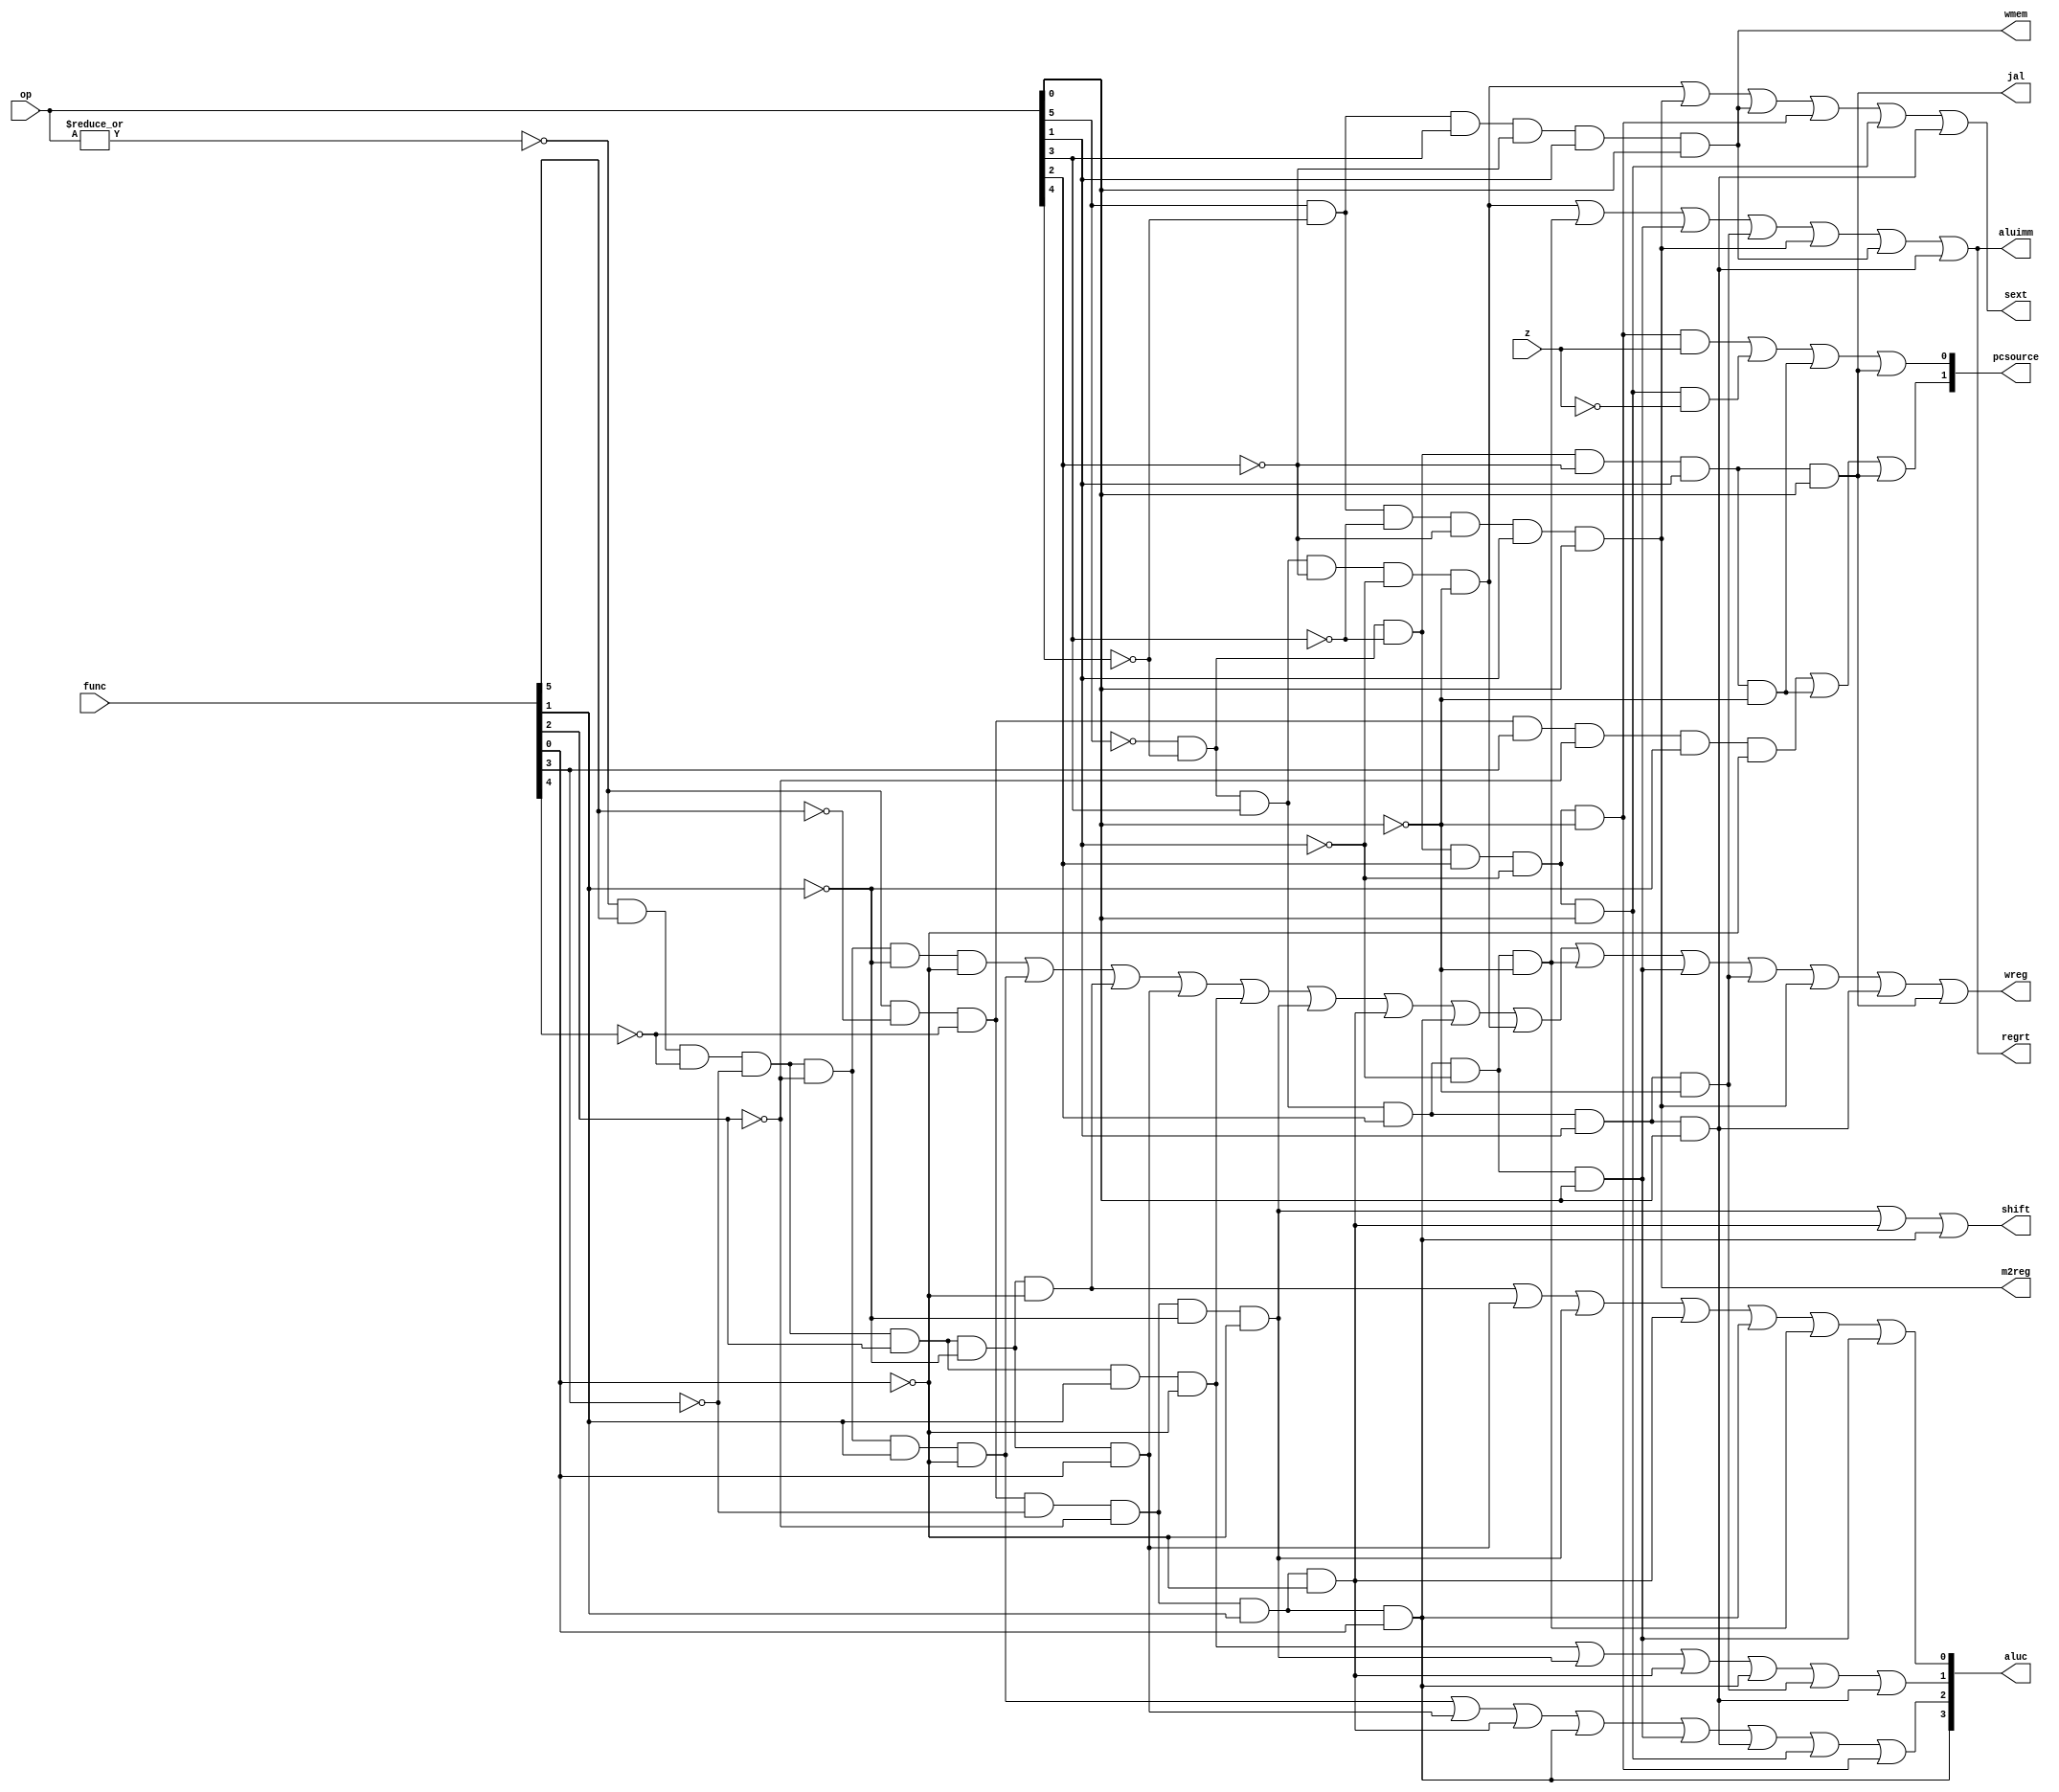
module sc_cu (op, func, z, wmem, wreg, regrt, m2reg, aluc, shift,
              aluimm, pcsource, jal, sext);
   input  [5:0] op,func;
   input        z;
   output       wreg,regrt,jal,m2reg,shift,aluimm,sext,wmem;
   output [3:0] aluc;
   output [1:0] pcsource;
   wire r_type = ~|op;
   wire i_add = r_type & func[5] & ~func[4] & ~func[3] &
                ~func[2] & ~func[1] & ~func[0];          //100000
   wire i_sub = r_type & func[5] & ~func[4] & ~func[3] &
                ~func[2] &  func[1] & ~func[0];          //100010
      
   wire i_and = r_type & func[5] & ~func[4] & ~func[3] &
					 func[2] & ~func[1] & ~func[0];				//100100
   wire i_or  = r_type & func[5] & ~func[4] & ~func[3] &
					 func[2] & ~func[1] & func[0];				//100101
   wire i_xor = r_type & func[5] & ~func[4] & ~func[3] &
					 func[2] & func[1] & ~func[0];				//100110
   wire i_sll = r_type & ~func[5] & ~func[4] & ~func[3] &
                ~func[2] & ~func[1] & ~func[0];          //000000
   wire i_srl = r_type & ~func[5] & ~func[4] & ~func[3] &
                ~func[2] & func[1] & ~func[0];           //000010
   wire i_sra = r_type & ~func[5] & ~func[4] & ~func[3] &
                ~func[2] & func[1] & func[0];          //000011
   wire i_jr  = r_type & ~func[5] & ~func[4] & func[3] &
                ~func[2] & ~func[1] & ~func[0];          //001000
                
   wire i_addi = ~op[5] & ~op[4] &  op[3] & ~op[2] & ~op[1] & ~op[0]; //001000
   wire i_andi = ~op[5] & ~op[4] &  op[3] &  op[2] & ~op[1] & ~op[0]; //001100
   
   wire i_ori  = ~op[5] & ~op[4] &  op[3] &  op[2] & ~op[1] &  op[0]; //001101
   wire i_xori = ~op[5] & ~op[4] &  op[3] &  op[2] &  op[1] & ~op[0]; //001110
   wire i_lw   =  op[5] & ~op[4] & ~op[3] & ~op[2] &  op[1] &  op[0]; //100011
   wire i_sw   =  op[5] & ~op[4] &  op[3] & ~op[2] &  op[1] &  op[0]; //101011
   wire i_beq  = ~op[5] & ~op[4] & ~op[3] &  op[2] & ~op[1] & ~op[0]; //000100
   wire i_bne  = ~op[5] & ~op[4] & ~op[3] &  op[2] & ~op[1] &  op[0]; //000101
   wire i_lui  = ~op[5] & ~op[4] &  op[3] &  op[2] &  op[1] &  op[0]; //001111
   wire i_j    = ~op[5] & ~op[4] & ~op[3] & ~op[2] &  op[1] & ~op[0]; //000010
   wire i_jal  = ~op[5] & ~op[4] & ~op[3] & ~op[2] &  op[1] &  op[0]; //000011
   
  
   assign pcsource[1] = i_jr | i_j | i_jal;
   assign pcsource[0] = ( i_beq & z ) | (i_bne & ~z) | i_j | i_jal ;
   
   assign wreg = i_add | i_sub | i_and | i_or   | i_xor  |
                 i_sll | i_srl | i_sra | i_addi | i_andi |
                 i_ori | i_xori | i_lw | i_lui  | i_jal;
   
   assign aluc[3] = i_sra;
   assign aluc[2] = i_sub | i_or | i_srl | i_sra | i_ori | i_lui | i_bne | i_beq;
   assign aluc[1] = i_xor | i_sll | i_srl | i_sra | i_xori | i_lui;
   assign aluc[0] = i_and | i_or | i_sll | i_srl | i_sra | i_andi | i_ori;
   assign shift   = i_sll | i_srl | i_sra ;

   assign aluimm  = i_addi | i_andi | i_ori | i_xori | i_lw | i_sw | i_lui;
   assign sext    = i_addi | i_lw | i_sw | i_beq | i_bne | i_lui;
   assign wmem    = i_sw;
   assign m2reg   = i_lw;
   assign regrt   = i_addi | i_andi | i_ori | i_xori | i_lw | i_sw | i_lui;
   assign jal     = i_jal;

endmodule